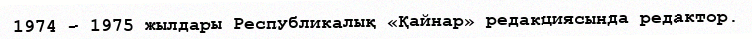
1974 – 1975 жылдары Республикалық «Қайнар» редакциясында редактор.